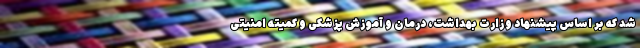
شد که بر اساس پیشنهاد وزارت بهداشت، درمان و آموزش پزشکی و کمیته امنیتی